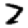
Digit: 7